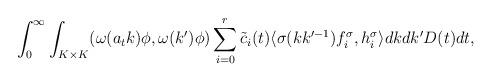
LaTeX: \begin{align*}\int^\infty_0\int_{K \times K} ( \omega(a_t k)\phi, \omega(k')\phi)\sum^r_{i=0}\tilde{c}_i(t)\langle\sigma(kk'^{-1})f_i^{\sigma}, h^\sigma_i\rangle dk dk' D(t)dt,\end{align*}